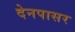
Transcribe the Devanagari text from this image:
देनपासर